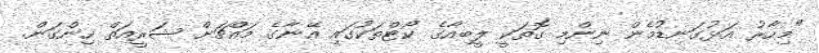
"މިހާރު އަޅުގަނޑުމެން ނިންމި ގޮތަކީ ލީބިއާގެ ކޯޓްތަކުގައި އޭނާގެ މައްޗަށް ޝަރީއަތް ހިންގަން.